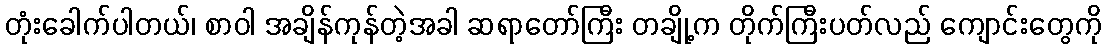
တုံးခေါက်ပါတယ်၊ စာဝါ အချိန်ကုန်တဲ့အခါ ဆရာတော်ကြီး တချို့က တိုက်ကြီးပတ်လည် ကျောင်းတွေကို